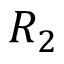
R _ { 2 }